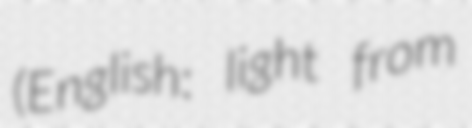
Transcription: (English: light from